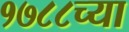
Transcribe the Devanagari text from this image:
१७८८च्या